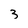
Character: 3